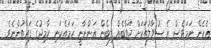
އެހެން ނަމަވެސް އެ ސުވާލުތަކަށް ޖަވާބެއް ލިބެން އަންނާނީ ހަމައެކަނި ހާމިދުގެ ފަރާތުންނެވެ.